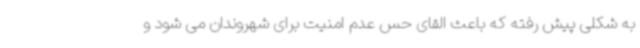
به شکلی پیش رفته که باعث القای حس عدم امنیت برای شهروندان می شود و